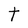
Character: t